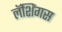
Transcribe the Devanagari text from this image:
लॅशिंगस